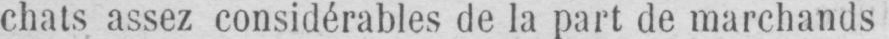
chats assez considérables de la part de marchands